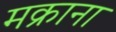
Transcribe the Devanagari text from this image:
मक्राना